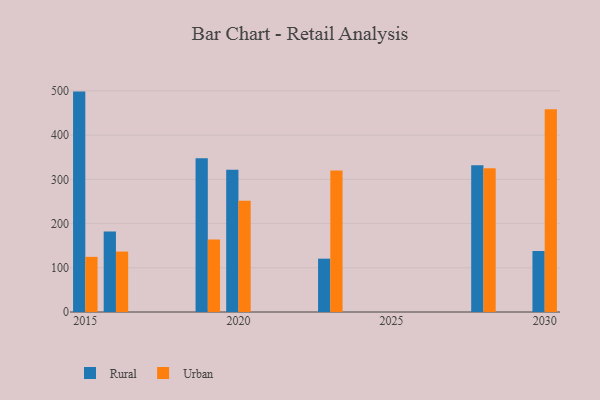
{"axis": {"x": "Year", "y": "Satisfaction Score"}, "legend": ["Rural", "Urban"], "data": [{"x": "2019", "y": 347.9, "type": "Rural"}, {"x": "2019", "y": 164.0, "type": "Urban"}, {"x": "2016", "y": 182.1, "type": "Rural"}, {"x": "2016", "y": 136.7, "type": "Urban"}, {"x": "2020", "y": 321.9, "type": "Rural"}, {"x": "2020", "y": 251.7, "type": "Urban"}, {"x": "2028", "y": 332.0, "type": "Rural"}, {"x": "2028", "y": 325.2, "type": "Urban"}, {"x": "2030", "y": 137.9, "type": "Rural"}, {"x": "2030", "y": 458.3, "type": "Urban"}, {"x": "2023", "y": 120.6, "type": "Rural"}, {"x": "2023", "y": 320.1, "type": "Urban"}, {"x": "2015", "y": 498.4, "type": "Rural"}, {"x": "2015", "y": 124.7, "type": "Urban"}]}